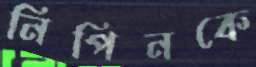
নিপিনকে